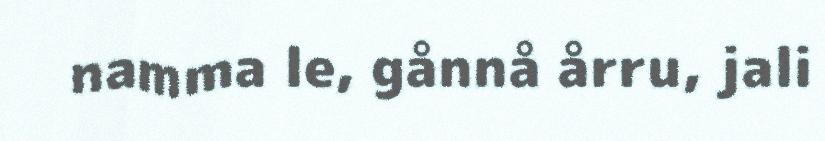
namma le, gånnå årru, jali